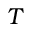
T